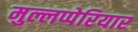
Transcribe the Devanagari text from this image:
मुल्लप्पेरियार